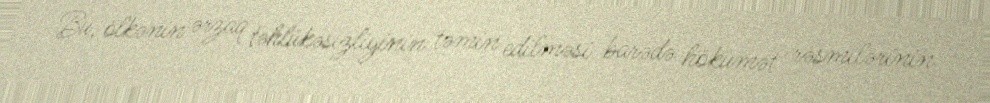
Bu, ölkənin ərzaq təhlükəsizliyinin təmin edilməsi barədə hökumət rəsmilərinin